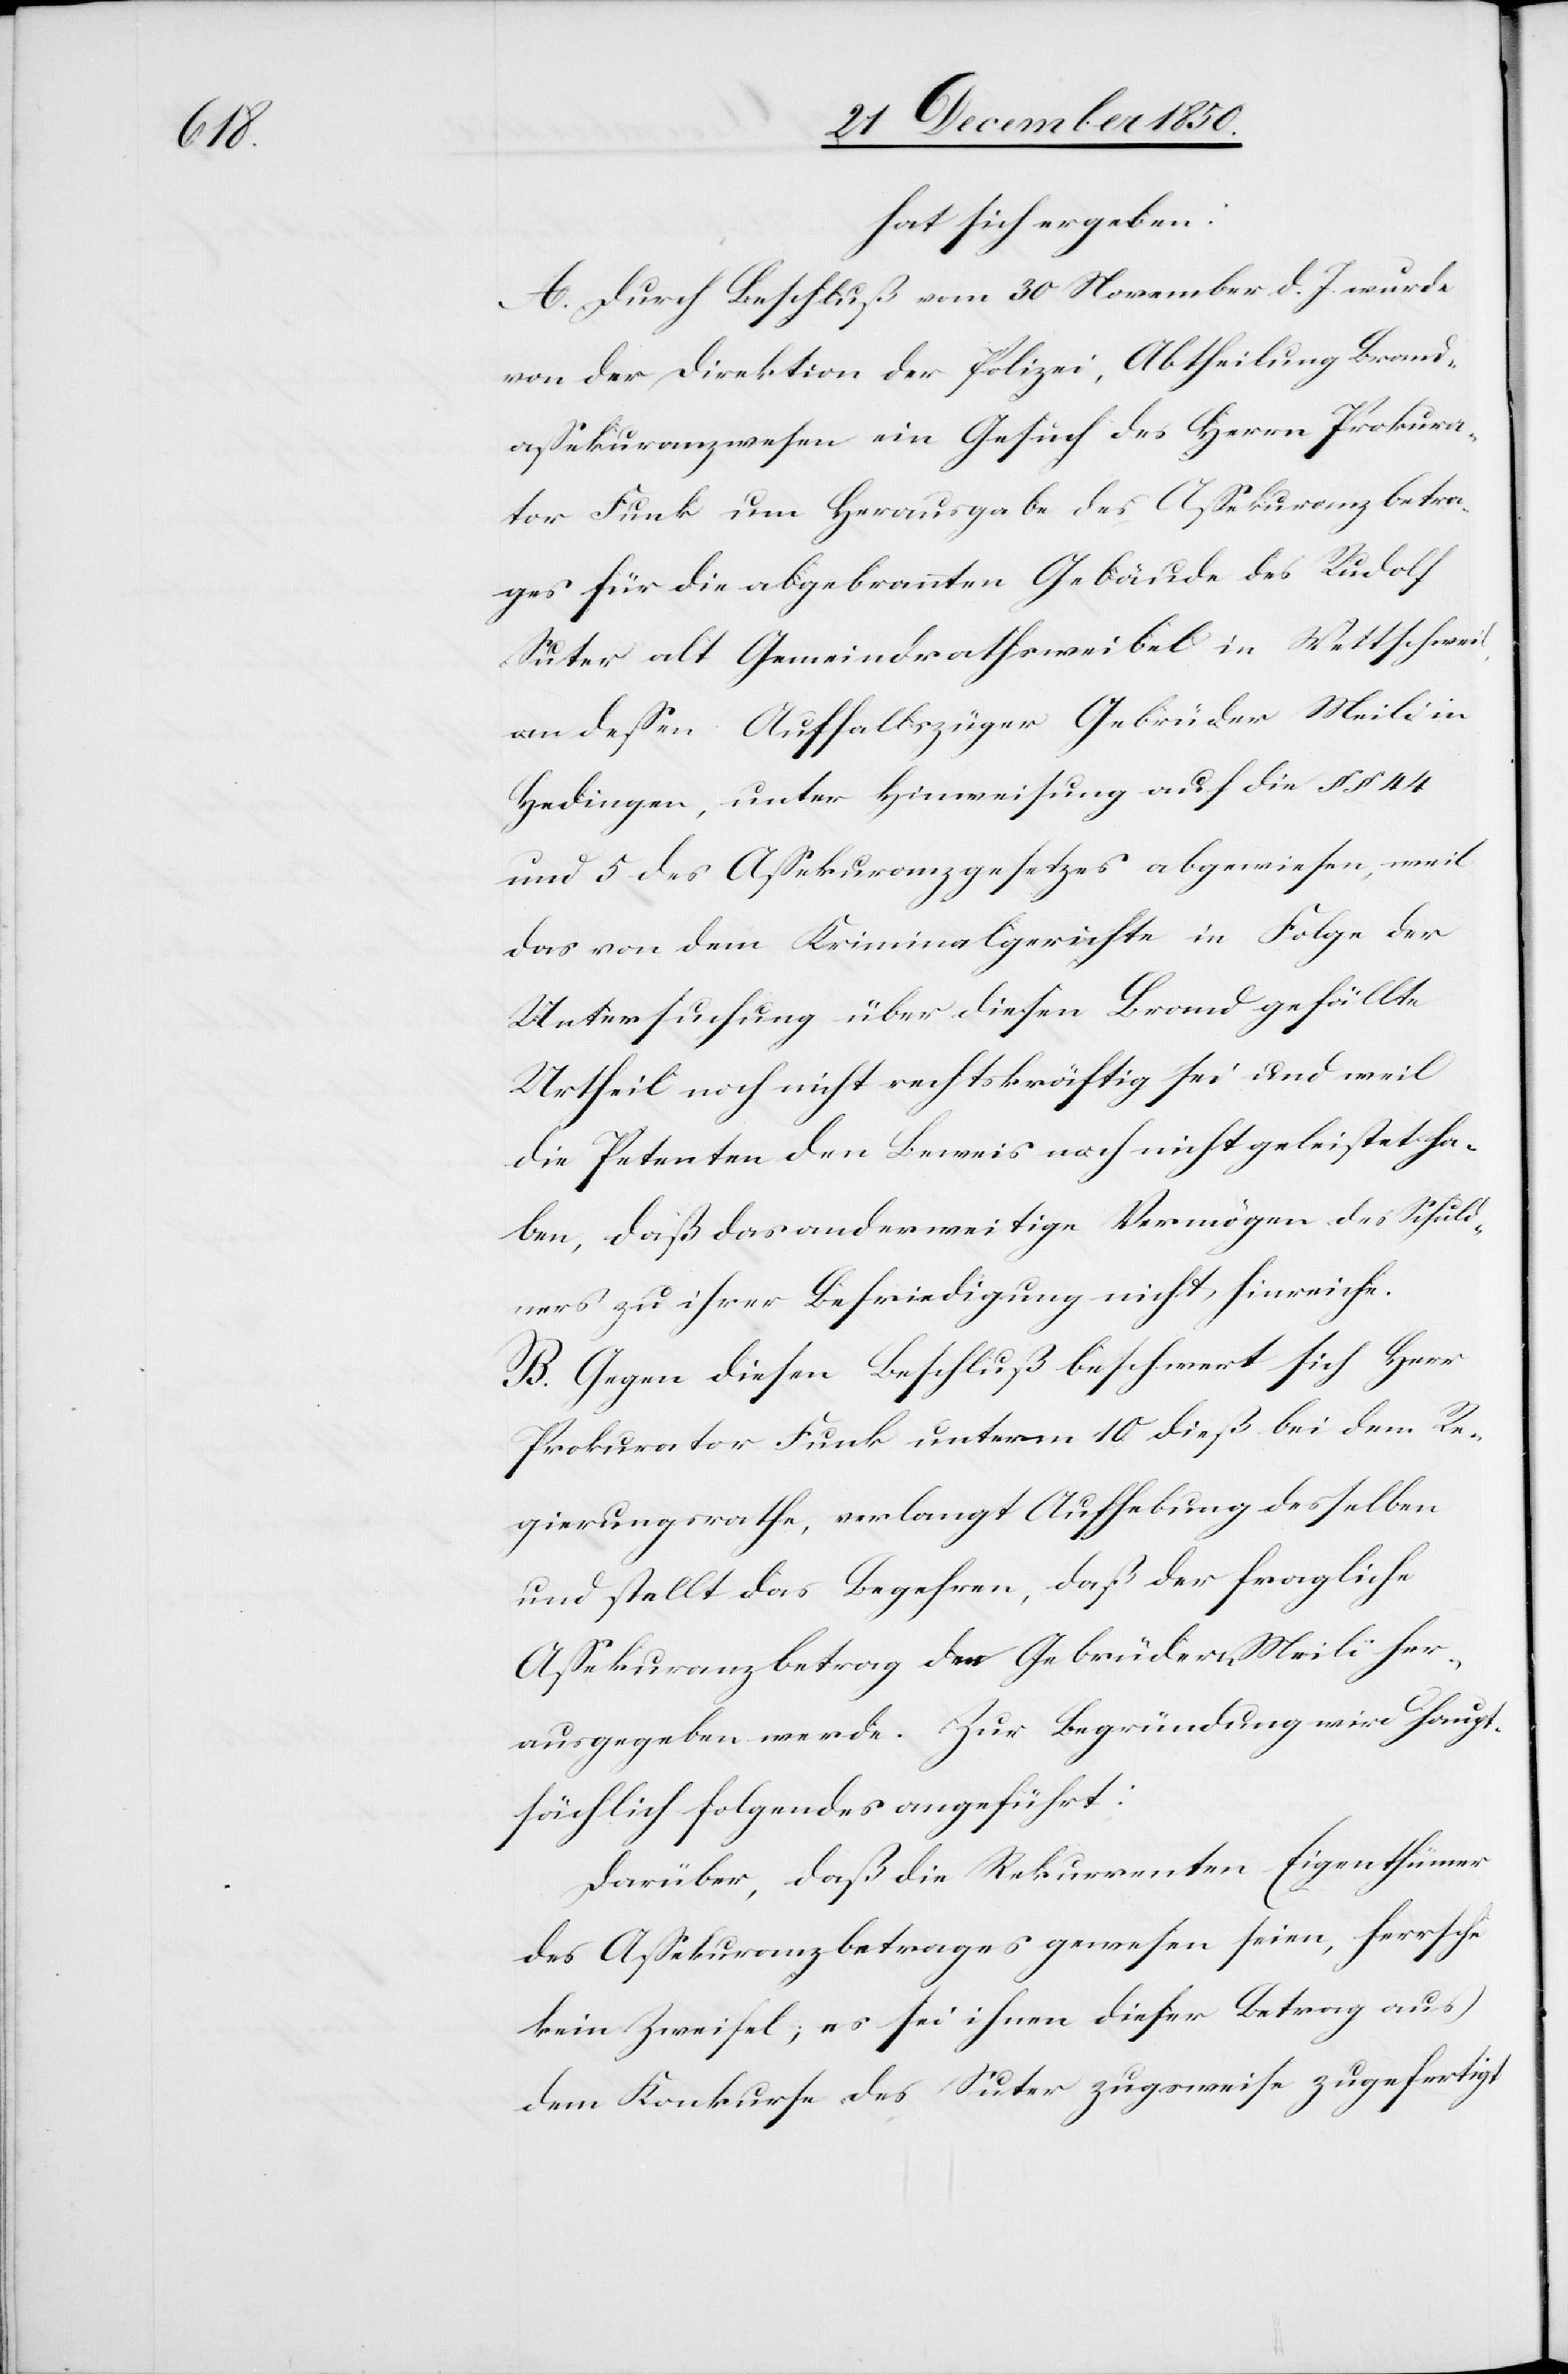
hat sich ergeben:
A. Durch Beschluß vom 30 November d. J. wurde
von der Direktion der Polizei, Abtheilung Brand¬
assekuranzwesen ein Gesuch des Herrn Prokura¬
tor Funk um Herausgabe des Assekuranzbetra¬
ges für die abgebrannten Gebäude des Rudolf
Suter alt Gemeindrathsweibel in Wettschweil,
an dessen Auffallszüger Gebrüder Meili in
Hedingen, unter Hinweisung auf die § § 44
und 5 des Assekuranzgesetzes abgewiesen, weil
das von dem Kriminalgerichte in Folge der
Untersuchung über diesen Brand gefällte
Urtheil noch nicht rechtskräftig sei und weil
die Petenten den Beweis noch nicht geleistet ha¬
ben, daß das anderweitige Vermögen des Schuld¬
ners zu ihrer Befriedigung nicht hinreiche.
B. Gegen diesen Beschluß beschwert sich Herr
Prokurator Funk unterm 10 dieß bei dem Re¬
gierungsrathe, verlangt Aufhebung desselben
und stellt das Begehren, daß der fragliche
Assekuranzbetrag den Gebrüdern Meili her¬
ausgegeben werde. Zur Begründung wird haupt¬
sächlich folgendes angeführt:
Darüber, daß die Rekurrenten Eigenthümer
des Assekuranzbetrages gewesen seien, herrsche
kein Zweifel; es sei ihnen dieser Betrag aus
dem Konkurse des Suter zugsweise zugefertigt